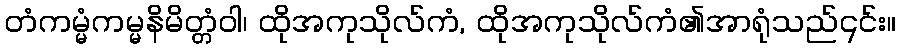
တံကမ္မံကမ္မနိမိတ္တံဝါ၊ ထိုအကုသိုလ်ကံ, ထိုအကုသိုလ်ကံ၏အာရုံသည်၎င်း။